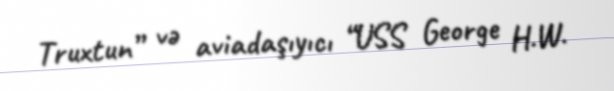
Truxtun” və aviadaşıyıcı “USS George H.W.